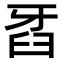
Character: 𤘈